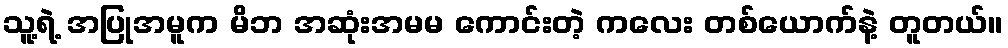
သူ့ရဲ့ အပြုအမူက မိဘ အဆုံးအမမ ကောင်းတဲ့ ကလေး တစ်ယောက်နဲ့ တူတယ်။